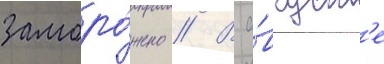
заморо́жено // В а́вгуст'е